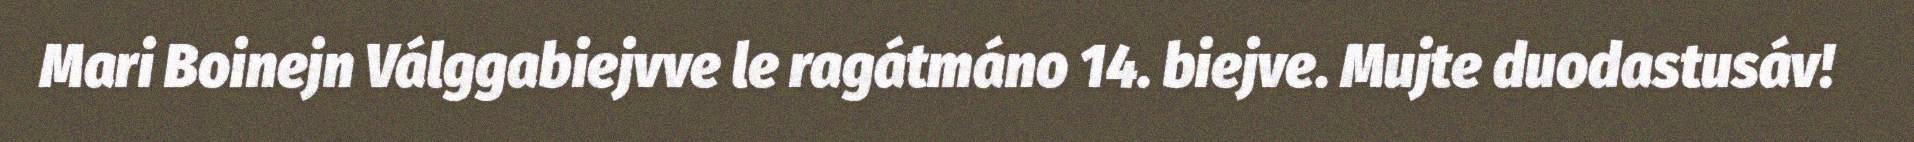
Mari Boinejn Válggabiejvve le ragátmáno 14. biejve. Mujte duodastusáv!